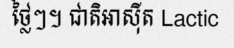
ថ្លៃៗ។ ជាតិអាស៊ីត Lactic